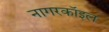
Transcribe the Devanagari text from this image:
नागरकॉइल